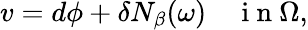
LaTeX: v=d\phi+\delta N_{\beta}(\omega)\quad\mathrm{~i~n~}\Omega,